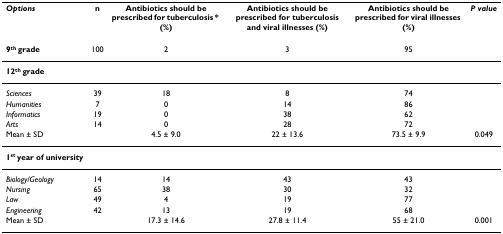
<table><thead><tr><td><b><i>Options</i></b></td><td><b>n</b></td><td><b>Antibiotics should be prescribed for tuberculosis * (%)</b></td><td><b>Antibiotics should be prescribed for tuberculosis and viral illnesses (%)</b></td><td><b>Antibiotics should be prescribed for viral illnesses (%)</b></td><td><b><i>P value</i></b></td></tr></thead><tbody><tr><td><b>9<sup>th </sup>grade</b></td><td>100</td><td>2</td><td>3</td><td>95</td><td></td></tr><tr><td><b>12<sup>th </sup>grade</b></td><td></td><td></td><td></td><td></td><td></td></tr><tr><td><i>Sciences</i></td><td>39</td><td>18</td><td>8</td><td>74</td><td></td></tr><tr><td><i>Humanities</i></td><td>7</td><td>0</td><td>14</td><td>86</td><td></td></tr><tr><td><i>Informatics</i></td><td>19</td><td>0</td><td>38</td><td>62</td><td></td></tr><tr><td><i>Arts</i></td><td>14</td><td>0</td><td>28</td><td>72</td><td></td></tr><tr><td>Mean ± SD</td><td></td><td>4.5 ± 9.0</td><td>22 ± 13.6</td><td>73.5 ± 9.9</td><td>0.049</td></tr><tr><td><b>1<sup>st </sup>year of university</b></td><td></td><td></td><td></td><td></td><td></td></tr><tr><td><i>Biology/Geology</i></td><td>14</td><td>14</td><td>43</td><td>43</td><td></td></tr><tr><td><i>Nursing</i></td><td>65</td><td>38</td><td>30</td><td>32</td><td></td></tr><tr><td><i>Law</i></td><td>49</td><td>4</td><td>19</td><td>77</td><td></td></tr><tr><td><i>Engineering</i></td><td>42</td><td>13</td><td>19</td><td>68</td><td></td></tr><tr><td>Mean ± SD</td><td></td><td>17.3 ± 14.6</td><td>27.8 ± 11.4</td><td>55 ± 21.0</td><td>0.001</td></tr></tbody></table>